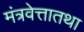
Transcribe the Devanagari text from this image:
मंत्रवेत्तातथा